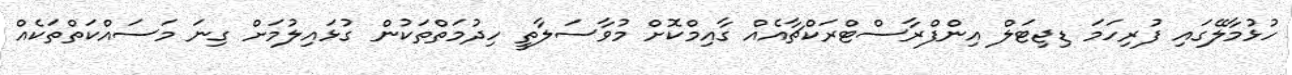
ހުޅުމާލޭގައި ފުރިހަމަ ޑިޖިޓަލް އިންފްރާސްޓްރަކްޗާއެއް ގާއިމްކޮށް މުވާސަލާތީ ހިދުމަތްތަކުން ގުޅައިލުމަށް ގިނަ މަސައްކަތްތަކެއް